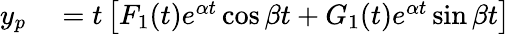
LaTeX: \begin{array}{rl}{y_{p}}&{{}=t\left[F_{1}(t)e^{\alpha t}\cos{\beta t}+G_{1}(t)e^{\alpha t}\sin{\beta t}\right]}\end{array}